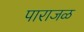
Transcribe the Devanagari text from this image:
पाराजळ